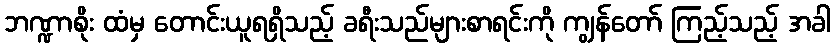
ဘဏ္ဍာစိုး ထံမှ တောင်းယူရရှိသည့် ခရီးသည်များစာရင်းကို ကျွန်တော် ကြည့်သည့် အခါ